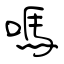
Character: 嗎